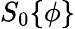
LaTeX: S_{0}\{ \phi\}